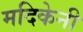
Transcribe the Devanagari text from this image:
मदिकेनी